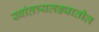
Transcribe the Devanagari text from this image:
स्वांतत्र्यलढ्यातील